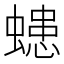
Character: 䗭